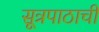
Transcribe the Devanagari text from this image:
सूत्रपाठाची